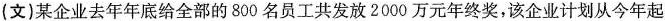
(文)某企业去年年底给全部的800名员工共发放2000万元年终奖，该企业计划从今年起